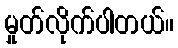
မှုတ်လိုက်ပါတယ်။